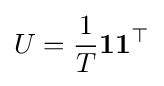
U={\frac {1}{T}}\mathbf {11} ^{\top }